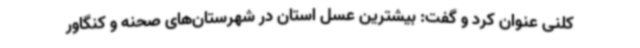
کلنی عنوان کرد و گفت: بیشترین عسل استان در شهرستان‌های صحنه و کنگاور